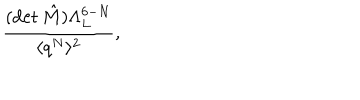
\frac { ( \mathrm { d e t } \, \hat { M } ) \Lambda _ { L } ^ { 6 - N } } { \langle q ^ { N } \rangle ^ { 2 } } ,